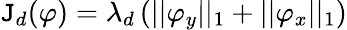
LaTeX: \mathtt{J}_{d}(\varphi)=\lambda_{d}\left(||\varphi_{y}||_{1}+||\varphi_{x}||_{1}\right)